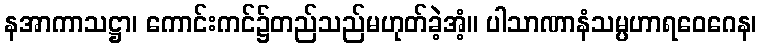
နအာကာသဋ္ဌာ၊ ကောင်းကင်၌တည်သည်မဟုတ်ခဲ့အံ့။ ပါသာဏာနံသမ္ပဟာရဝေဂေန၊